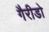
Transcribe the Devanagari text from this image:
गैरीडो